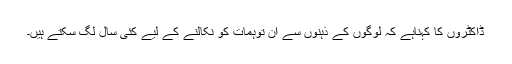
ڈاکٹروں کا کہناہے کہ لوگوں کے ذہنوں سے ان توہمات کو نکالنے کے لیے کئی سال لگ سکتے ہیں۔